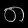
Digit: ၈